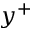
y ^ { + }